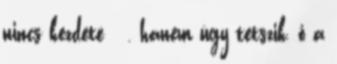
nincs kezdete , hanem úgy tetszik, ő a